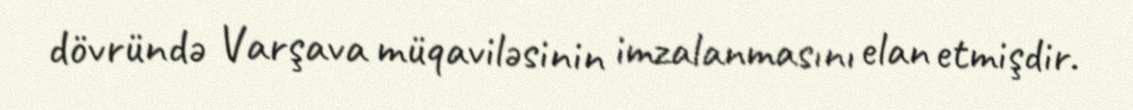
dövründə Varşava müqaviləsinin imzalanmasını elan etmişdir.